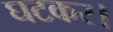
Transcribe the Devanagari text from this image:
घटकर।